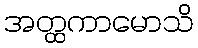
အတ္ထကာမောသိ